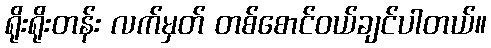
ရိုးရိုးတန်း လက်မှတ် တစ်စောင်ဝယ်ချင်ပါတယ်။